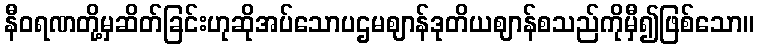
နီဝရဏတို့မှဆိတ်ခြင်းဟုဆိုအပ်သောပဌမဈာန်ဒုတိယဈာန်စသည်ကိုမှီ၍ဖြစ်သော။